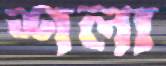
শলা